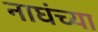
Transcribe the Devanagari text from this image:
नाघंच्या